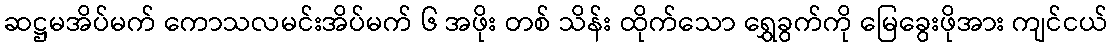
ဆဋ္ဌမအိပ်မက် ကောသလမင်းအိပ်မက် ၆ အဖိုး တစ် သိန်း ထိုက်သော ရွှေခွက်ကို မြေခွေးဖိုအား ကျင်ငယ်